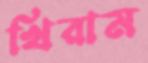
খিরাম